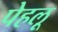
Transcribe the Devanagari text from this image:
पेहलू